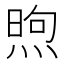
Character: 煦